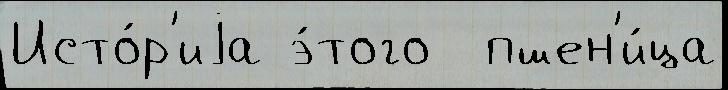
Исто́р'иjа э́того  пшен'и́ца